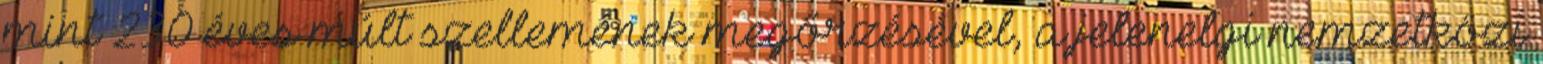
mint 230 éves múlt szellemének megőrzésével, a jelenelgi nemzetközi